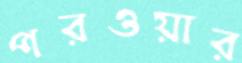
পরওয়ার